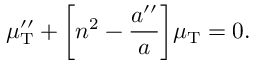
\mu _ { \mathrm { T } } ^ { \prime \prime } + \biggl [ n ^ { 2 } - \frac { a ^ { \prime \prime } } { a } \biggr ] \mu _ { \mathrm { T } } = 0 .